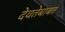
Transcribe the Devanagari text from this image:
देवतेबाबत